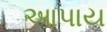
આપાય